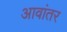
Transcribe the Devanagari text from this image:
आवांतर